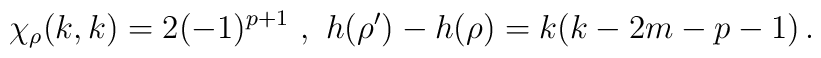
\chi_\rho(k,k) = 2 (-1)^{p+1} \ , \ h(\rho')-h(\rho) =k(k-2m-p-1)\, .